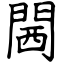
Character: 閪